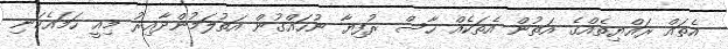
އެތައް ރައްޔިތެއްގެ އަތުން އެތަކެއް ހާސް ރުފިޔާ ނުހައްގުން އަތުލަމުންދާއިރު މިއީ ހަމައެކަނި